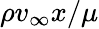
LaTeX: \rho v_{\infty}x/\mu